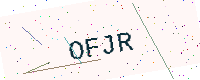
Text: OFJR